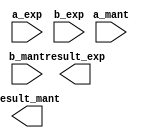
module half_precision_float_adder (
    input [15:0] a_mant,
    input [4:0] a_exp,
    input [15:0] b_mant,
    input [4:0] b_exp,
    output [15:0] result_mant,
    output [4:0] result_exp
);

// Adder logic here

endmodule